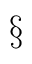
\S